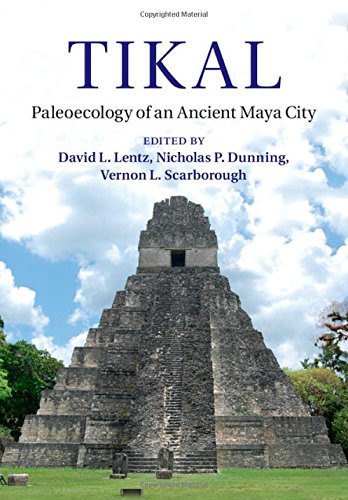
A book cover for Tikal: Paleoecology of an Ancient Maya City; History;